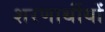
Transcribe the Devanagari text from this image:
शरणार्थीयों